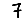
Digit: 7